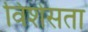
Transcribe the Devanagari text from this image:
विशेसता